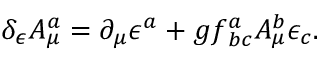
\delta _ { \epsilon } A _ { \mu } ^ { a } = \partial _ { \mu } \epsilon ^ { a } + g f _ { \; b c } ^ { a } A _ { \mu } ^ { b } \epsilon _ { c } .